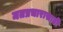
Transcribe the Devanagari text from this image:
मतप्रचारासाठी